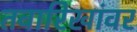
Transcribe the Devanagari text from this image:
तवारिखांवर